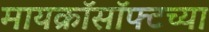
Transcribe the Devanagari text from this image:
मायक्रॉसॉफ्टच्या